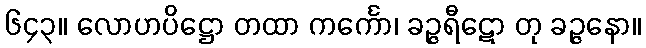
၆၄၃။ လောဟပိဋ္ဌော တထာ ကင်္ကော၊ ခဉ္ဇရီဋော တု ခဉ္ဇနော။